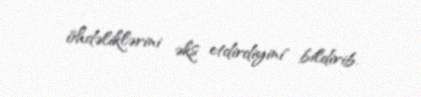
öhdəliklərini əks etdirdiyini" bildirib.